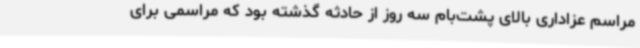
مراسم عزاداری بالای پشت‌بام سه روز از حادثه گذشته بود که مراسمی برای